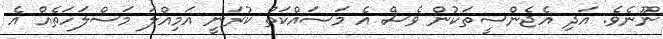
ނޫނެވެ. އަދި އެޖެންސީތަކުން ވެސް އެ މަސައްކަތް ކުރަނީ އަމިއްލަ މަސްލަހަތެއް އެ